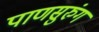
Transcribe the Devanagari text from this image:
पाणसुरुंग